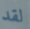
لقد